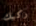
ركبك